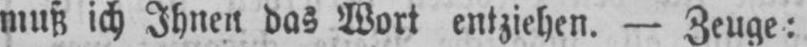
muß ich Ihnen das Wort entziehen. - Zeuge: